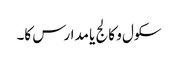
سکول و کالج یا مدارس کا۔